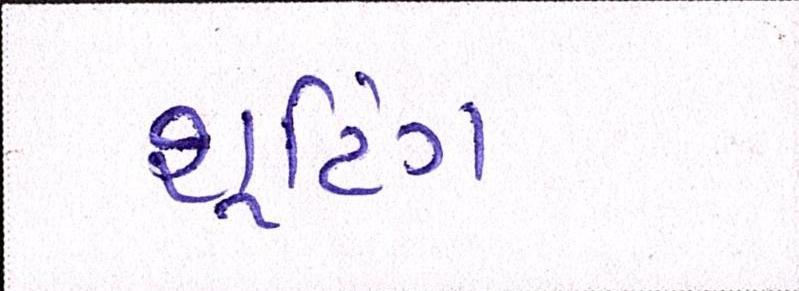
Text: શૂટિંગ